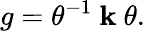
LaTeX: g=\theta^{-1}~\mathbf{k}~\theta.